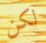
لكن